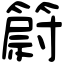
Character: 𥳀